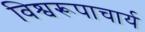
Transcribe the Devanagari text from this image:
विश्वरूपाचार्य